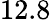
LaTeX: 12.8